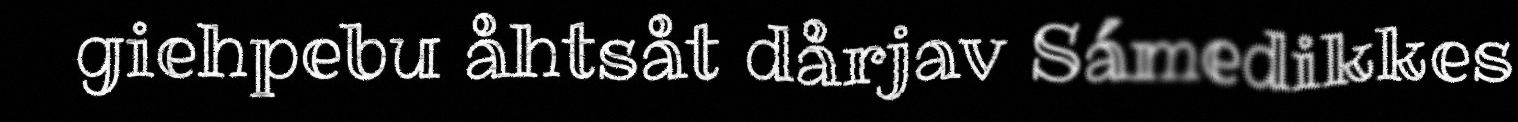
giehpebu åhtsåt dårjav Sámedikkes